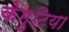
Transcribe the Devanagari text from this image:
केमुटिया